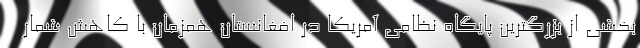
بخشی از بزرگترین پایگاه نظامی آمریکا در افغانستان همزمان با کاهش شمار